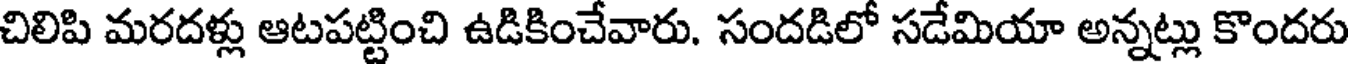
చిలిపి మరదళ్లు ఆటపట్టించి ఉడికించేవారు. సందడిలో సడేమియా అన్నట్లు కొందరు